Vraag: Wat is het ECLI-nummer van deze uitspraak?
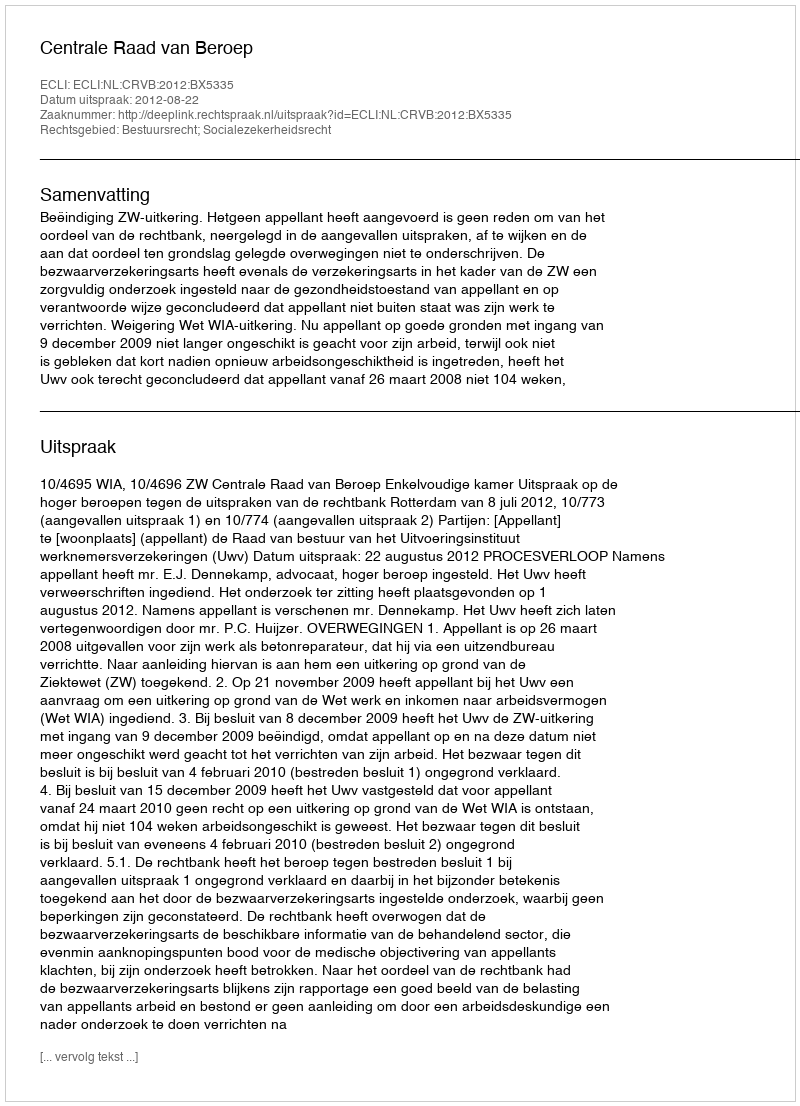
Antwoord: ECLI:NL:CRVB:2012:BX5335